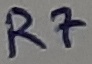
Text: R7